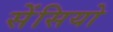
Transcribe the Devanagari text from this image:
सेंसियो